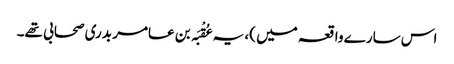
اس سارے واقعہ میں )، یہ عُقْبَہ بن عامر بدری صحابی تھے۔